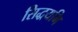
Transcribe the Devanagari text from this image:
सिद्धयमि